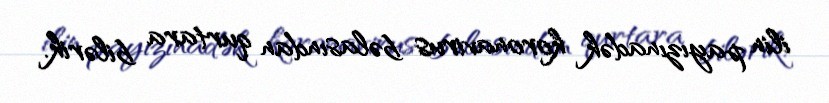
ilin payızınadək koronavirus bəlasından qurtara bilərik.